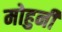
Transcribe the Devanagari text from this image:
मोहुनी